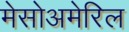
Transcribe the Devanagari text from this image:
मेसोअमेरिल